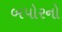
બપોરનો